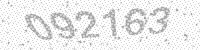
Solution: 092163